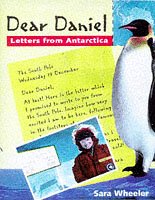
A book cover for Dear Daniel: Letters from Antarctica; Sara Wheeler; Children's Books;